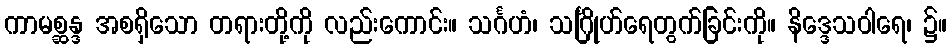
ကာမစ္ဆန္ဒ အစရှိသော တရားတို့ကို လည်းကောင်း။ သင်္ဂဟံ၊ သင်္ဂြိုဟ်ရေတွက်ခြင်းကို။ နိဒ္ဒေသဝါရေ၊ ၌။